Tezpur Lunatic Asylum reports 1895-1904 - 1895-1904
Year: 1895
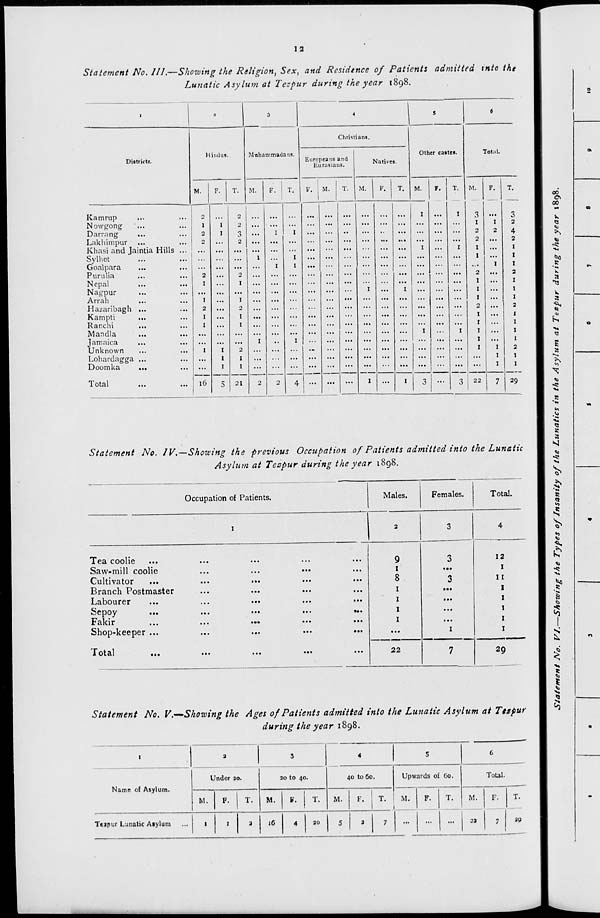
12
Statement No. 111.—Showing the Religion, Sex, and Residence of Patients admitted tnto the
Lunatic Asylum at Tezpur during the year 1898.
Districts.
Hindus.
M.
F
Muhammadans.
M.
T.
Kamrup
Nowgong
...
Darrang
Lakhimpur
Khasi and ]aintia Hills
Sylhet
Goalpara
Purulia
Nepal
Nagpur
Arrah
Hazaribagh ...
Kampti
Ranchi
Mandla
Jamaica
Unknown
Lohardagga ...
Doumka
...
Total
16
2
1
1
2
1
1
21
Christians.
Europeans and
Eurasians.
M.
T
Natives.
M.
F.
I
Other cattes.
M.
F.
T
TotM.
M.
3
I
2
2
1
I
2
I
I
1
2
1
I
I
I
I
22
6
2
4
2
29
Statement No. IV.—Showing the previous Occupation of Patients admitted into the Lunatic
Asylum at Tezpur during the year 1898.
Occupation of Patients.
Males.
Females.
Total.
1
2
3
4
Tea coolie
9
3
12
Saw-mill coolie
...
...
< ••
...
1
...
Cultivator
...
...
..
8
3
II
Branch Postmaster
...
•••
> ...
,,,
1
...
Labourer
...
...
..
1
...
Sepoy-
...
...
..
••«
1
...
Fakir
•••
• ..
...
1
...
Shop-keeper ...
...
...
...
...
1
Total
22
7
29
Statement No. V.—Showing the Ages of Patients admitted into the Lunatic Asylum at Ttspur
during the year 1898.
1
3
3
4
s
6
Name of Asylum.
Under 30.
30 tO 40.
40 to 60.
Upwards of 60.
Total.
M.
F.
T.
M.
F.
T.
M.
F. IT.
M.
1
1
F.
T.
M.
23
F.
7
T.
Teapur Lunatic Aiylum
1
1
3
16
4
30
5
3
7
...
...
...
19